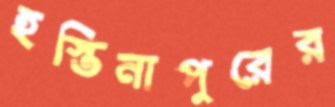
হস্তিনাপুরের